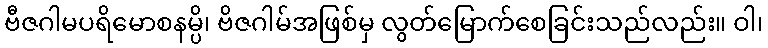
ဗီဇဂါမပရိမောစနမ္ပိ၊ ဗိဇဂါမ်အဖြစ်မှ လွတ်မြောက်စေခြင်းသည်လည်း။ ဝါ၊